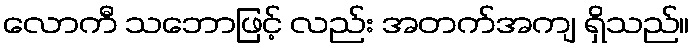
လောကီ သဘောဖြင့် လည်း အတက်အကျ ရှိသည်။